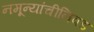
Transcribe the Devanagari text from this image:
नमून्यांचीनिवड